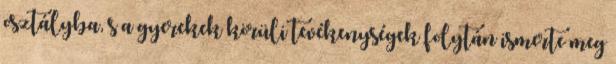
osztályba, s a gyerekek körüli tevékenységek folytán ismerte meg